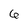
Character: 6